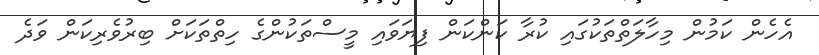
އެހެން ކަމުން މިހާލަތްތަކުގައި ކުރާ ކަންކަން ފިޔަވައި މީސްތަކުންގެ ހިތްތަކަށް ބިރުވެރިކަން ވަދެ